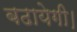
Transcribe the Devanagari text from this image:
बढायेगी।